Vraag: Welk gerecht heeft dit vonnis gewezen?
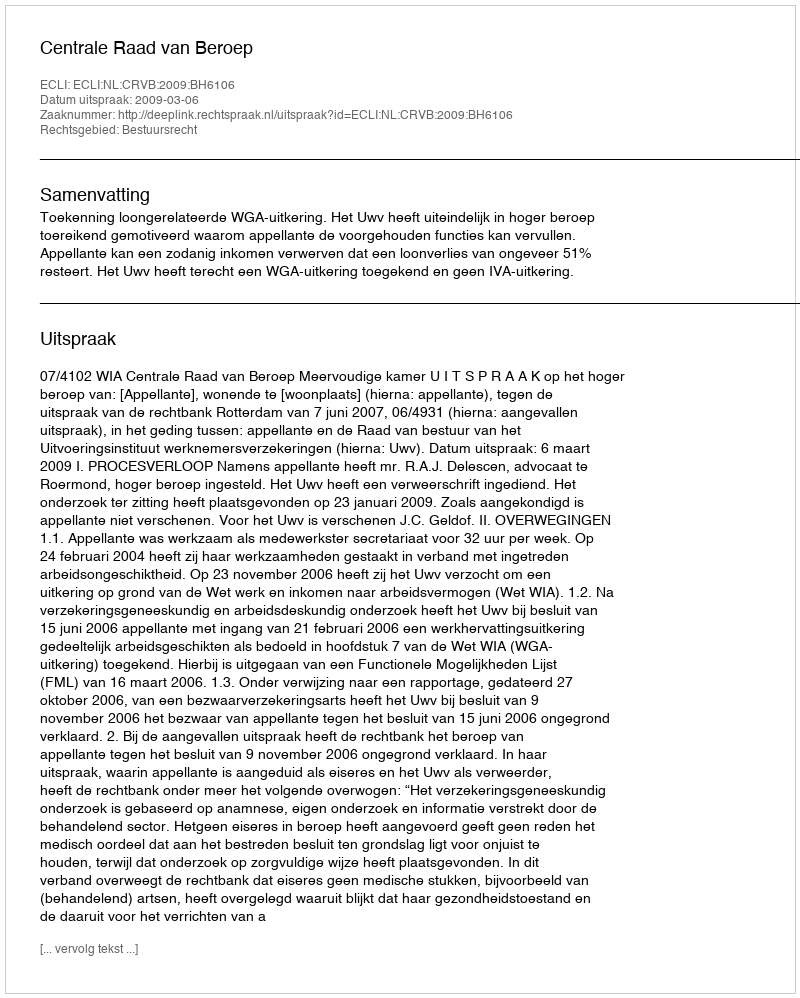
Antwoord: Centrale Raad van Beroep